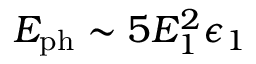
E _ { \mathrm { p h } } \sim 5 E _ { 1 } ^ { 2 } \epsilon _ { 1 }